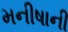
મનીષાની